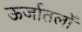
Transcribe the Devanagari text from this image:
ऊर्जातलों